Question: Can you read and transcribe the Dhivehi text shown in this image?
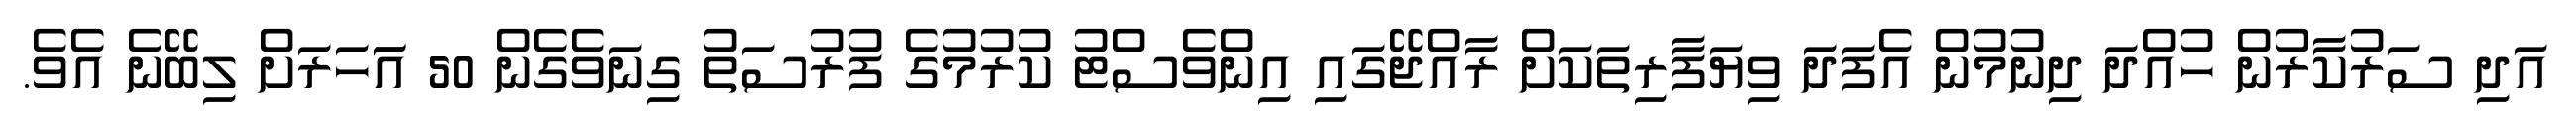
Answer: އަދި ސަރުކާރުން ހުއްދަ ދިނުމުން އެފަދަ ވިޔަފާރިތަކަށް ރާއްޖޭގައި އިންވެސްޓު ކުރުމުގެ ފުރުސަތު ގިނަވެގެން 50 އަަހަރަށް ލިބޭނެ އެވެ.